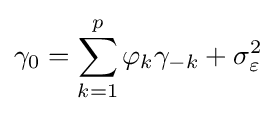
\gamma _{0}=\sum _{k=1}^{p}\varphi _{k}\gamma _{-k}+\sigma _{\varepsilon }^{2}